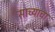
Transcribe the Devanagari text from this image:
साच्याचा